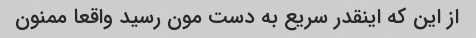
از این که اینقدر سریع به دست مون رسید واقعا ممنون